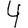
Digit: 4